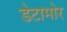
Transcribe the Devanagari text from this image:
डेटामोर